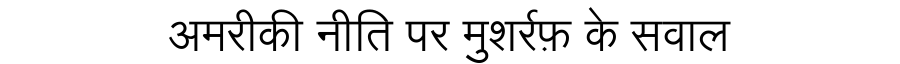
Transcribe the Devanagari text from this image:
अमरीकी नीति पर मुशर्रफ़ के सवाल